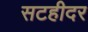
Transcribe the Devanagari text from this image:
सटहीदर